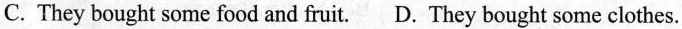
C. They bought some food and fruit. D. They bought some clothes.